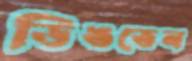
ডিঙতেন